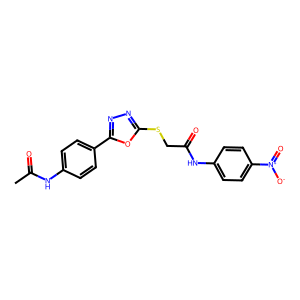
SMILES: CC(=O)Nc1ccc(-c2nnc(SCC(=O)Nc3ccc([N+](=O)[O-])cc3)o2)cc1
Inhibits HIV replication: No